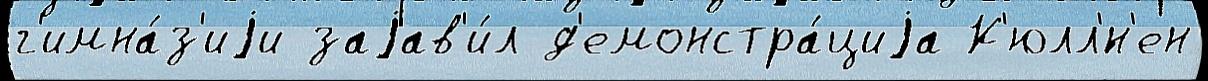
г'имна́з'иjи заjав'и́л д'емонстра́циjа К'юлл'́н'ен